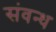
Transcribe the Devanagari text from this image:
संवन्ध